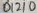
Text: D12/0